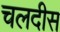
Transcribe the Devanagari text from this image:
चलदीस